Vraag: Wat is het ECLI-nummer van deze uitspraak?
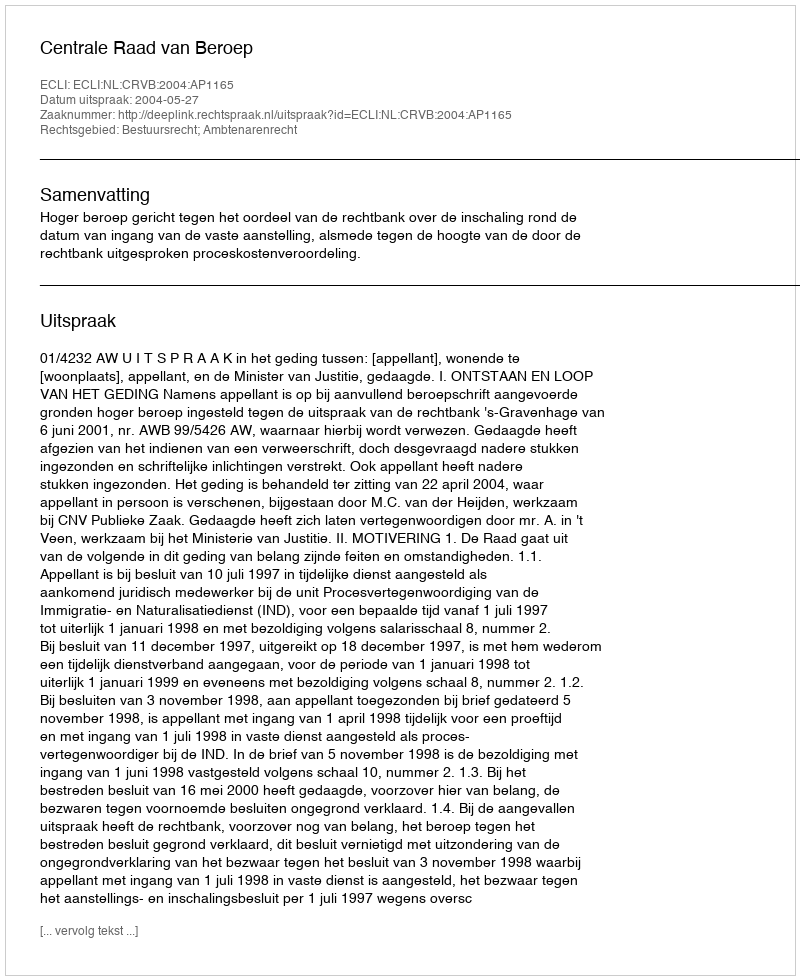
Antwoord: ECLI:NL:CRVB:2004:AP1165